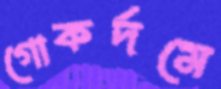
গোকর্দমে